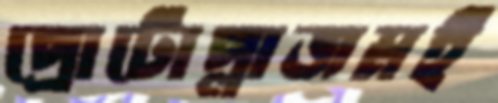
প্রোটোপ্লাজমই